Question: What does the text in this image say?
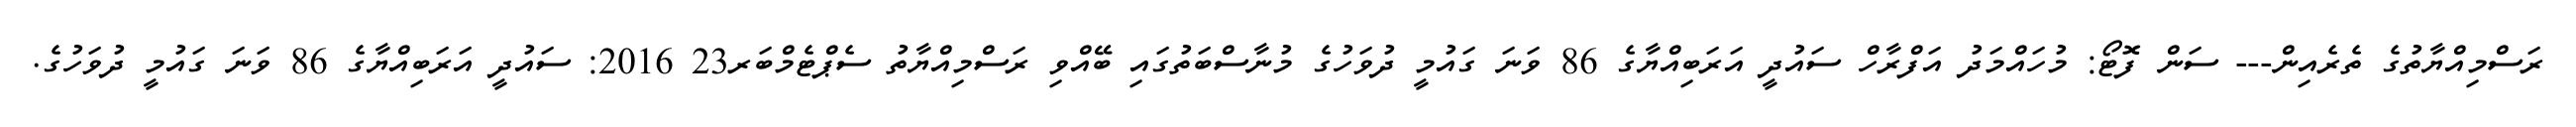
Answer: ރަސްމިއްޔާތުގެ ތެރެއިން--- ސަން ފޮޓޯ: މުހައްމަދު އަފްރާހް ސައުދީ އަރަބިއްޔާގެ 86 ވަނަ ގައުމީ ދުވަހުގެ މުނާސްބަތުގައި ބޭއްވި ރަސްމިއްޔާތު ސެޕްޓެމްބަރ23 2016: ސައުދީ އަރަބިއްޔާގެ 86 ވަނަ ގައުމީ ދުވަހުގެ.